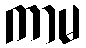
ကာမ